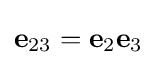
\mathbf {e} _{23}=\mathbf {e} _{2}\mathbf {e} _{3}